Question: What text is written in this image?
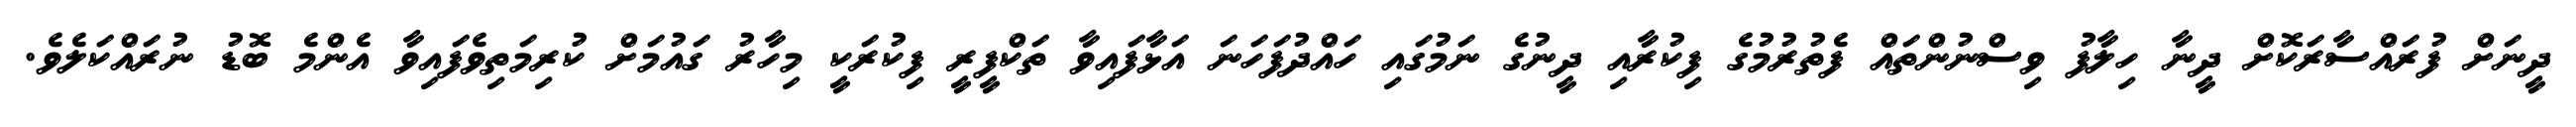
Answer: ދީނަށް ފުރައްސާރަކޮށް ދީނާ ހިލާފު ވިސްނުންތައް ފެތުރުމުގެ ފިކުރާއި ދީނުގެ ނަމުގައި ހައްދުފަހަނަ އަޅާފައިވާ ތަކްފީރީ ފިކުރަކީ މިހާރު ގައުމަށް ކުރިމަތިވެފައިވާ އެންމެ ބޮޑު ނުރައްކަލެވެ.